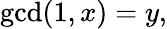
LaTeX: \operatorname*{gcd}(1,x)=y,